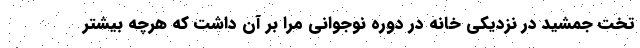
تخت جمشید در نزدیکی خانه در دوره نوجوانی مرا بر آن داشت که هرچه بیشتر